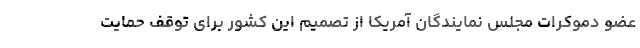
عضو دموکرات مجلس نمایندگان آمریکا از تصمیم این کشور برای توقف حمایت